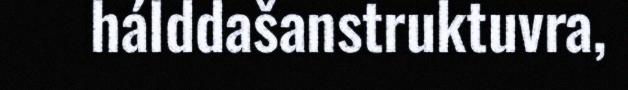
hálddašanstruktuvra,